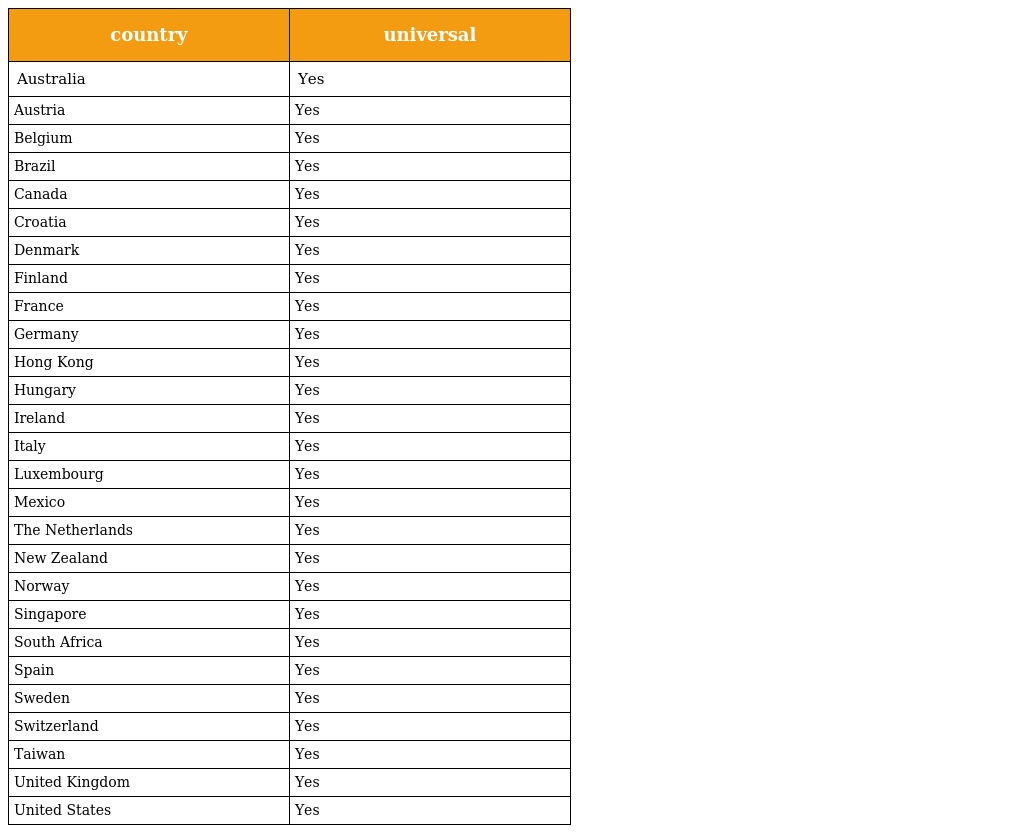
| country | universal |
 | --- | --- |
 | Australia | Yes |
 | Austria | Yes |
 | Belgium | Yes |
 | Brazil | Yes |
 | Canada | Yes |
 | Croatia | Yes |
 | Denmark | Yes |
 | Finland | Yes |
 | France | Yes |
 | Germany | Yes |
 | Hong Kong | Yes |
 | Hungary | Yes |
 | Ireland | Yes |
 | Italy | Yes |
 | Luxembourg | Yes |
 | Mexico | Yes |
 | The Netherlands | Yes |
 | New Zealand | Yes |
 | Norway | Yes |
 | Singapore | Yes |
 | South Africa | Yes |
 | Spain | Yes |
 | Sweden | Yes |
 | Switzerland | Yes |
 | Taiwan | Yes |
 | United Kingdom | Yes |
 | United States | Yes |